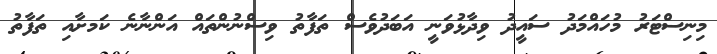
މިނިސްޓަރު މުހައްމަދު ސައީދު ވިދާޅުވަނީ އަބަދުވެސް ތަފާތު ވިސްނުންތައް އަންނާނެ ކަމށާއި ތަފާތު